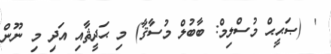
' (ޞަޙީޙް މުސްލިމް: ބާބުލް މުސާޤާ) މި ޙަދީޘާއި އަދި މި ނޫން